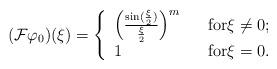
LaTeX: \begin{align*}( \mathcal{F} \varphi_{0} ) (\xi) = \left\{ \begin{array}{lll} \Big ( \frac{\sin(\frac{\xi}{2})}{\frac{\xi}{2}} \Big ) ^{m} & & \mbox{for} \xi \not = 0 ;\\ 1 & & \mbox{for} \xi = 0 .\\\end{array}\right.\end{align*}